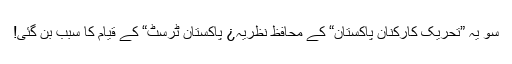
سو یہ ”تحریکِ کارکنانِ پاکستان“ کے محافظ نظریہ¿ پاکستان ٹرسٹ“ کے قیام کا سبب بن گئی!